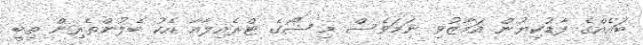
ބައެއްގެ ފާޑުކިޔުން އަމާޒުވި ނަމަވެސް މި ޝޯގެ ޓްރެއިލާއާ އެކު ބެލުންތެރިން ތިބީ